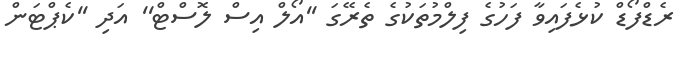
ރެޑްފޯޑް ކުޅެފައިވާ ފަހުގެ ފިލްމުތަކުގެ ތެރޭގަ ''އޯލް އިސް ލޮސްޓް'' އަދި ''ކެޕްޓަން